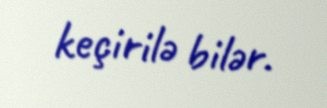
keçirilə bilər.